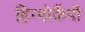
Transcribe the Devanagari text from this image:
हिप्पोकैंपी